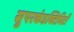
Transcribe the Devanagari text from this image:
सुपरकंडक्टिविटी